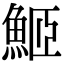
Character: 䱌